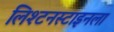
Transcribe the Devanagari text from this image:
लिश्टनस्टाइनला